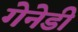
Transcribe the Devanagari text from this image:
गेनेडी